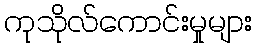
ကုသိုလ်ကောင်းမှုများ